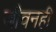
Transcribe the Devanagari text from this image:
जीवनही